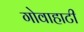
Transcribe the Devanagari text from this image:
गोवाहाटी